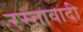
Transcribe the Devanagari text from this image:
रस्तावादी